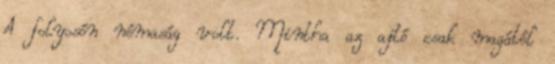
A folyosón némaság volt. Mintha az ajtó csak magától